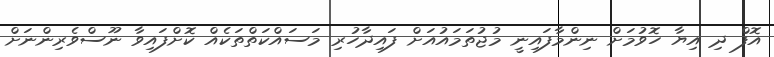
އޮފް ދި އިޔާ ހޮވުމަށް ނިންމާފައިނީ މުޖުތަމައުއަށް ފައިދާހުރި މަސައްކަތްތަކެއް ކޮށްފައިވާ ނޫސްވެރިންނަށް